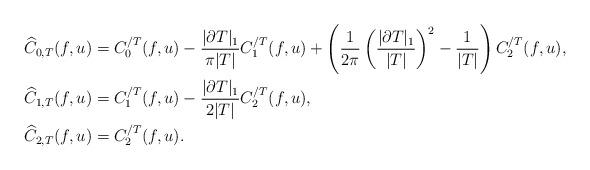
LaTeX: \begin{align*}\widehat{C}_{0,T}(f,u)&=C^{/T}_0(f,u)-\frac{|\partial T|_1}{\pi |T|}C^{/T}_1(f,u)+\left(\frac{1}{2\pi}\left(\frac{|\partial T|_1}{|T|}\right)^2-\frac{1}{|T|}\right)C^{/T}_2(f,u), \\ \widehat{C}_{1,T}(f,u)&=C^{/T}_1(f,u)-\frac{|\partial T|_1}{2 |T|}C^{/T}_2(f,u),\\\widehat{C}_{2,T}(f,u)&=C^{/T}_2(f,u) . \end{align*}